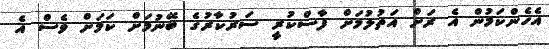
އެހެންކަމުން އެ ރަށް އަތުލުމަށް ފާސްކުރީ ސަރުކާރުގެ ބޭނުމަށް ކަމަށް ވެސް އެ